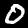
Digit: 0